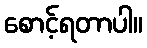
စောင့်ရတာပါ။